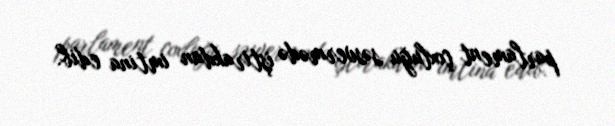
parlament çoxluğu səsvermədə iştirakdan imtina edib.